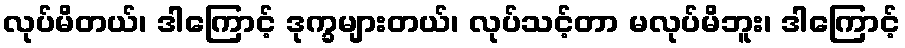
လုပ်မိတယ်၊ ဒါကြောင့် ဒုက္ခများတယ်၊ လုပ်သင့်တာ မလုပ်မိဘူး၊ ဒါကြောင့်